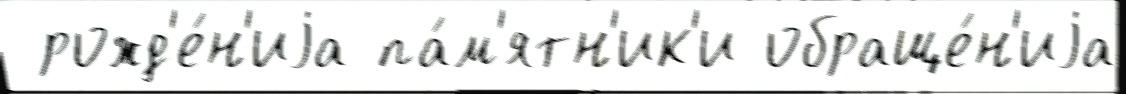
 рожд'е́н'иjа па́м'ятн'ик'и обраще́н'иjа